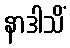
နာဒါသိံ